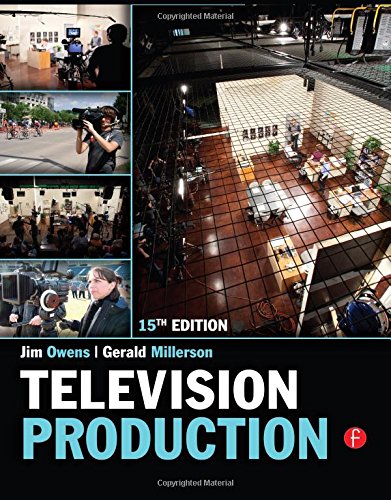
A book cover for Television Production; Jim Owens; Humor & Entertainment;